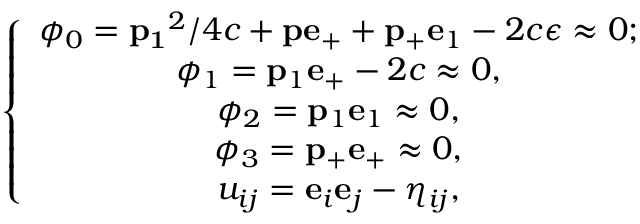
\left\{ \begin{array} { c } { { \phi _ { 0 } = { \bf p _ { 1 } } ^ { 2 } / 4 c + { \bf p } { \bf e } _ { + } + { \bf p _ { + } } { \bf e } _ { 1 } - 2 c \epsilon \approx 0 ; } } \\ { { \phi _ { 1 } = { \bf p } _ { 1 } { \bf e } _ { + } - 2 c \approx 0 , } } \\ { { \phi _ { 2 } = { \bf p } _ { 1 } { \bf e } _ { 1 } \approx 0 , } } \\ { { \phi _ { 3 } = { \bf p } _ { + } { \bf e } _ { + } \approx 0 , } } \\ { { u _ { i j } = { \bf e } _ { i } { \bf e } _ { j } - \eta _ { i j } , } } \end{array} \right.